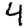
Digit: 4